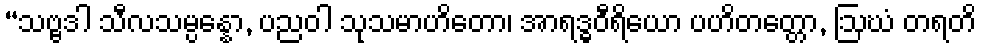
“သဗ္ဗဒါ သီလသမ္ပန္နော, ပညဝါ သုသမာဟိတော၊ အာရဒ္ဓဝီရိယော ပဟိတတ္တော, ဩဃံ တရတိ